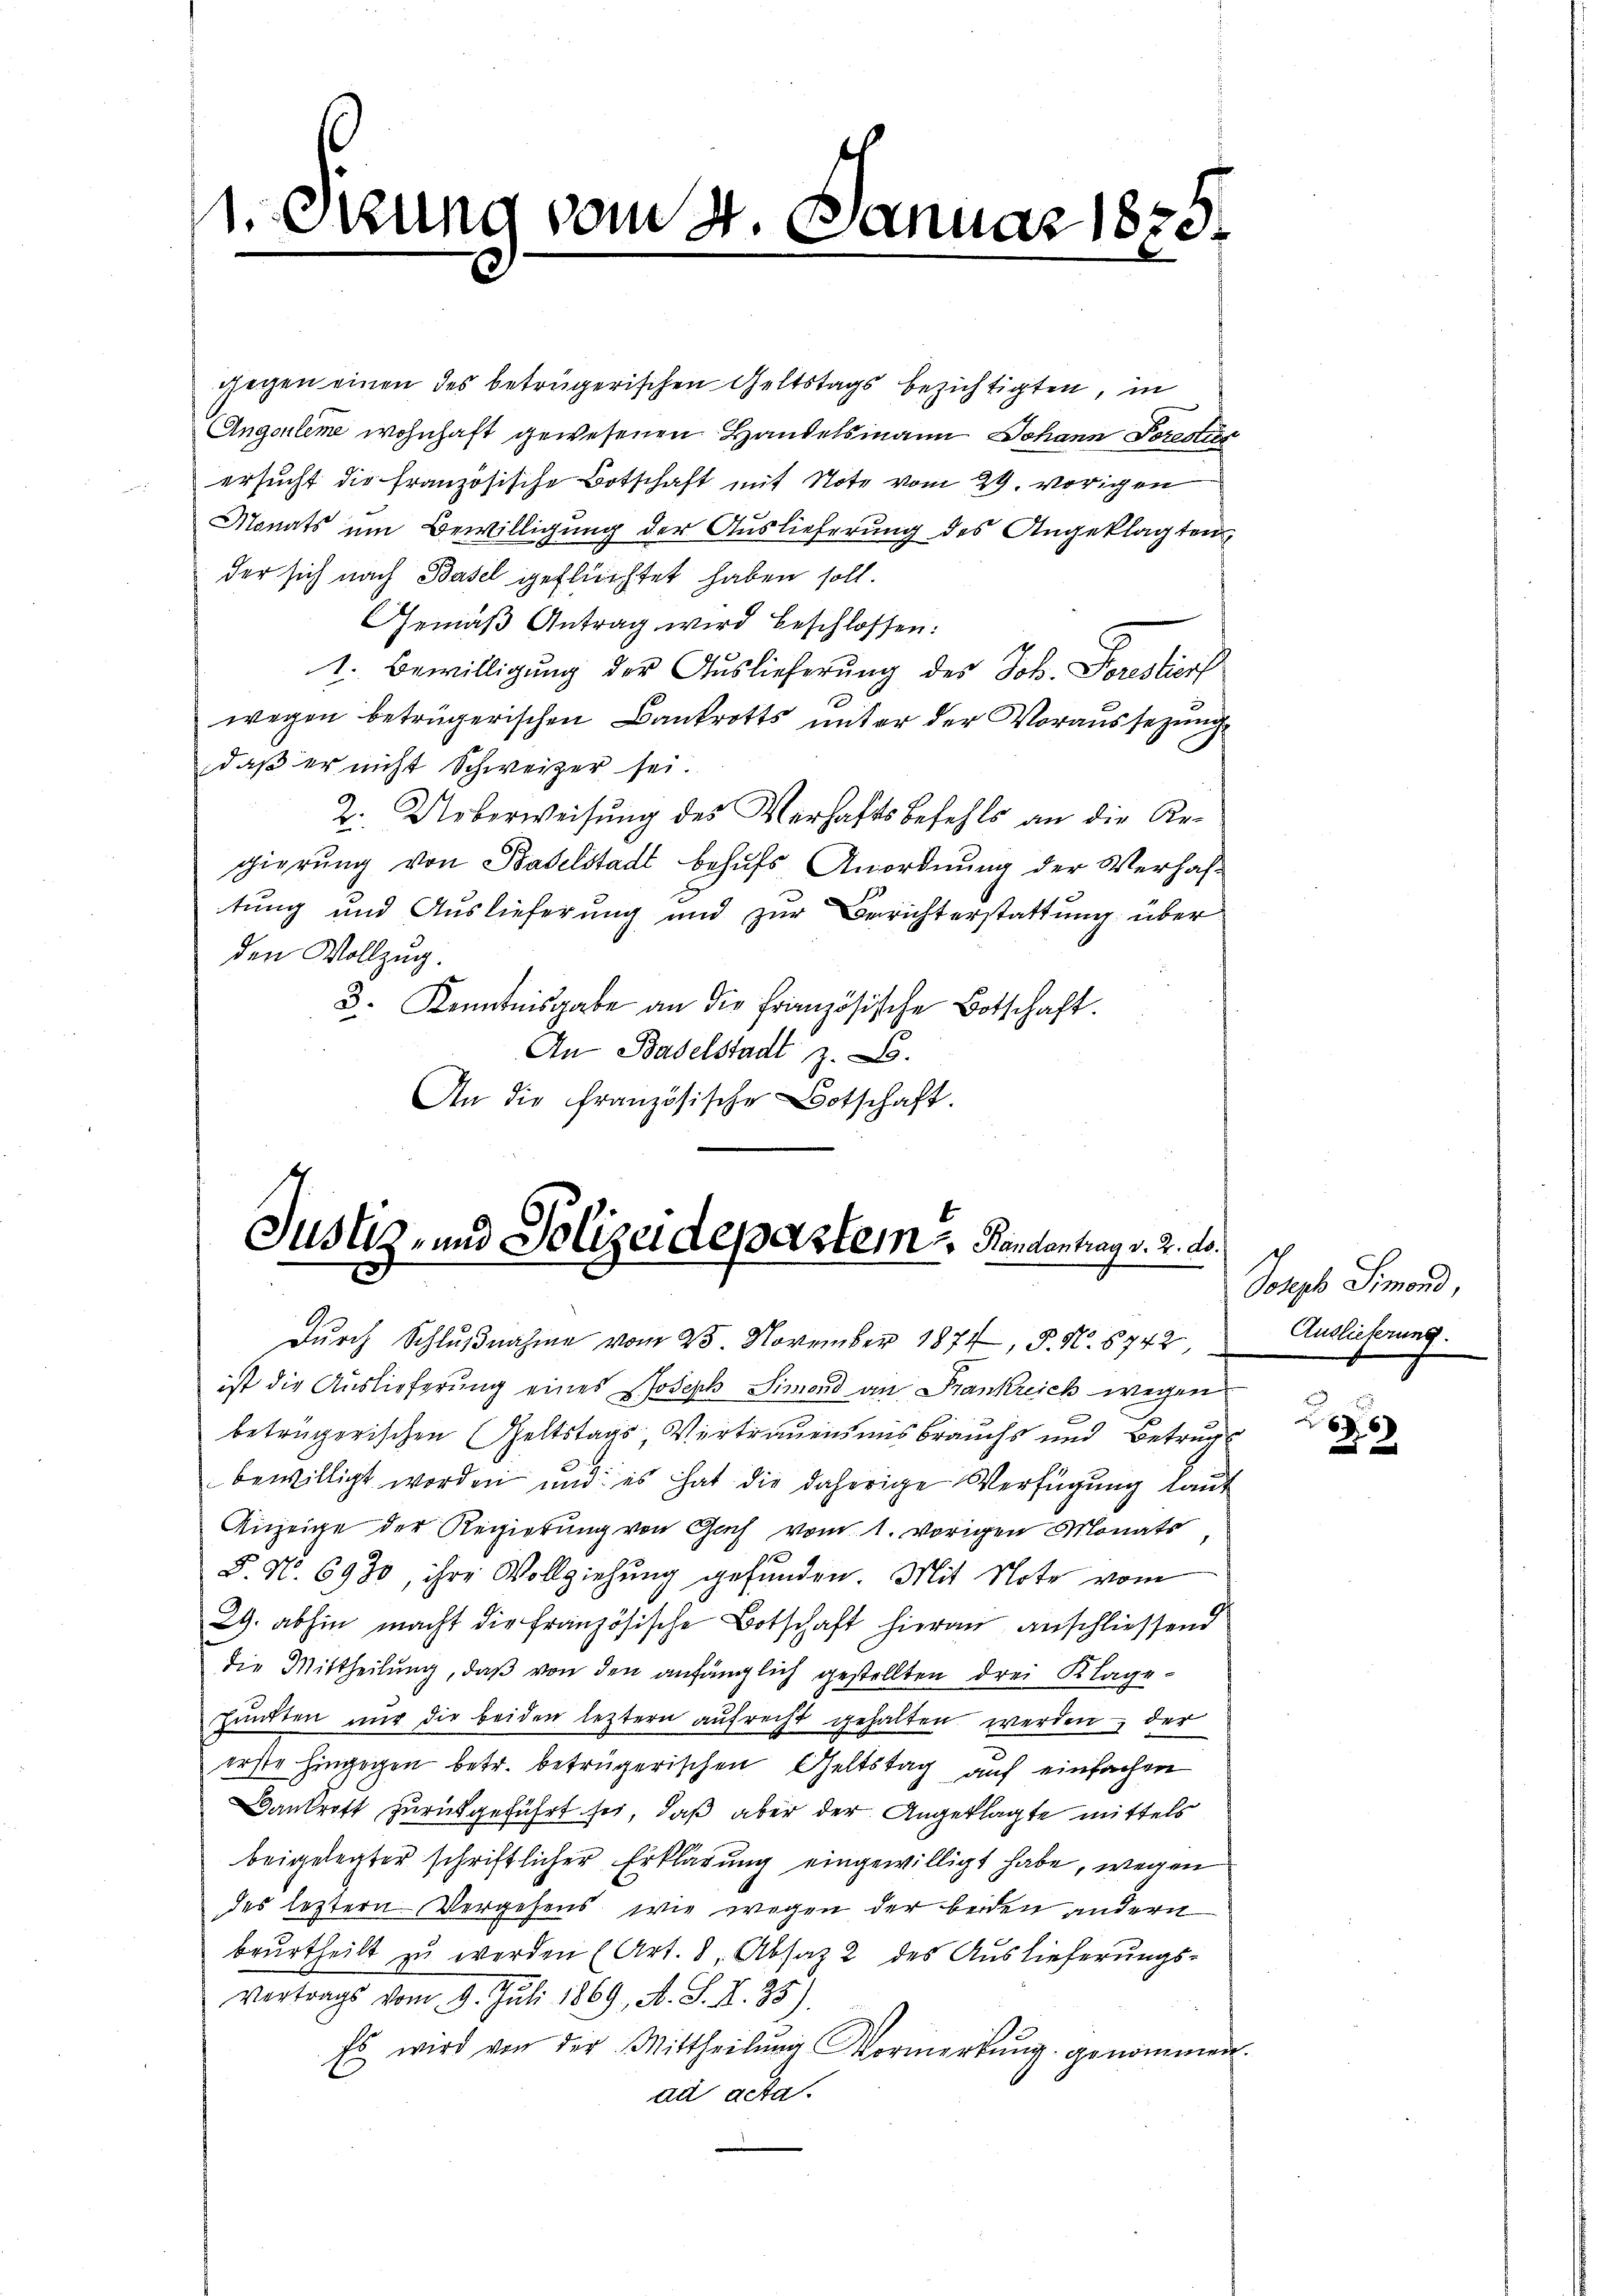
1. Sizung vom 4. Januar 1875.

gegen einen des beträgerischen Geltstags bezichtigten, in
Angeleme wohnhaft gewesenen Handelsmann Johann Sorestir
 ersucht die französische Botschaft mit Note vom 29. vorigen
Monats um Bewilligung der Auslieferung des Angeklagten,
der sich nach Basel geflüchtet haben soll.
Gemäβ Antrag wird beschlossen:
1. Bewilligung der Auslieferung des Joh. Forestierf
wegen betrügerischen Bankrotts unter der Voraussezung
daß er nicht Schweizer sei.
2. Ueberweisung des Verhaftsbefehls an die Regierung von Baselstadt behufs Anordnung der Verhaftung und Auslieferung und zur Berichterstattung über
den Vollzug.
3. Kenntnisgabe an die französische Botschaft.
An Baselstadt z. B.
An die französische Botschaft.

Justiz- und Polizeidepartem Randentrag v. 2. ds.
durch Schlußnahme vom 25. November 1874, P. N. 8742

ist die Auslieferung eines Joseph Simond an Frankreich wegen
beträgerischen Geltstags-Vertrauens uns brauchs und Betruge
bewilligt worden und es hat die daherige Verfügung laut
Anzeige der Regierung von Gach vom 1. vorigen Monats
5. No. 6930, ihre Vollziehung gefunden. Mit Note vom
29. abhin macht die Französische Botschaft hieran anschliessend
die Mittheilung, daß von den anfänglich gestellten drei Klagefündten nur die beiden leztern aufrecht gehalten werden, der
erste hingegen betr. betrügerischen Geltstag auf einfachen
antritt zurückgeführt hat, daß aber der Angeklagte mittels
beigelegter schriftlicher Erklärung eingewilligt habe, wegen
des leztern Vergehens wie wegen der beiden andern
beurtheilt zu werden (Art. 8, Absatz 2 des Auslieferungs-
Vertrags vom 9. Juli 1869, A. S. II. 38).
Es wird von der Mittheilŭng Vormerkŭng genommen.
ad acta.

Joseph Simond,
Auslieferung.

u
3